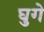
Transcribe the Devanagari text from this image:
घुगे